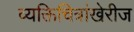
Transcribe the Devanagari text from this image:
व्यक्तिचित्रांखेरीज